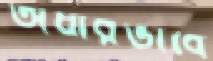
অধীরভাবে